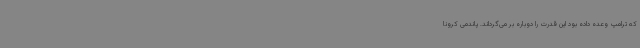
که ترامپ وعده داده بود این قدرت را دوباره بر می‌گرداند. پاندمی کرونا